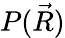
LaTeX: P({\vec{R}})